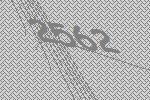
2562